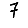
Digit: 7